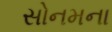
સોનમના